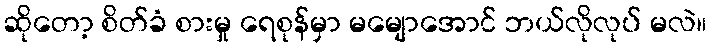
ဆိုတော့ စိတ်ခံ စားမှု ရေစုန်မှာ မမျောအောင် ဘယ်လိုလုပ် မလဲ။